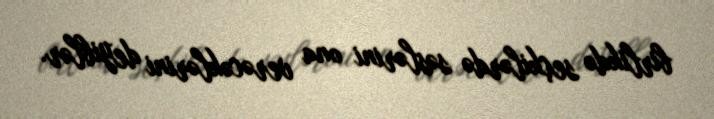
birlikdə seçkilərdə səslərini ona verəcəklərini deyiblər.